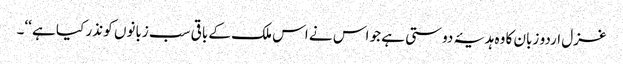
غزل اردو زبان کا وہ ہدیۂ دوستی ہے جو اس نے اس ملک کے باقی سب زبانوں کو نذر کیا ہے ‘‘۔